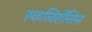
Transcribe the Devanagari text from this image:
स्कलिरॉसिस